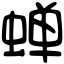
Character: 蝉